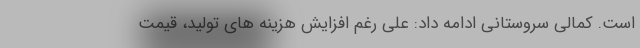
است. کمالی سروستانی ادامه داد: علی رغم افزایش هزینه های تولید، قیمت